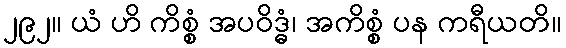
၂၉၂။ ယံ ဟိ ကိစ္စံ အပဝိဒ္ဓံ၊ အကိစ္စံ ပန ကရီယတိ။